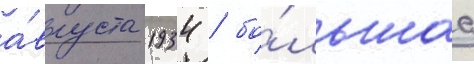
а́вгуста 1934 / бо́льшаа